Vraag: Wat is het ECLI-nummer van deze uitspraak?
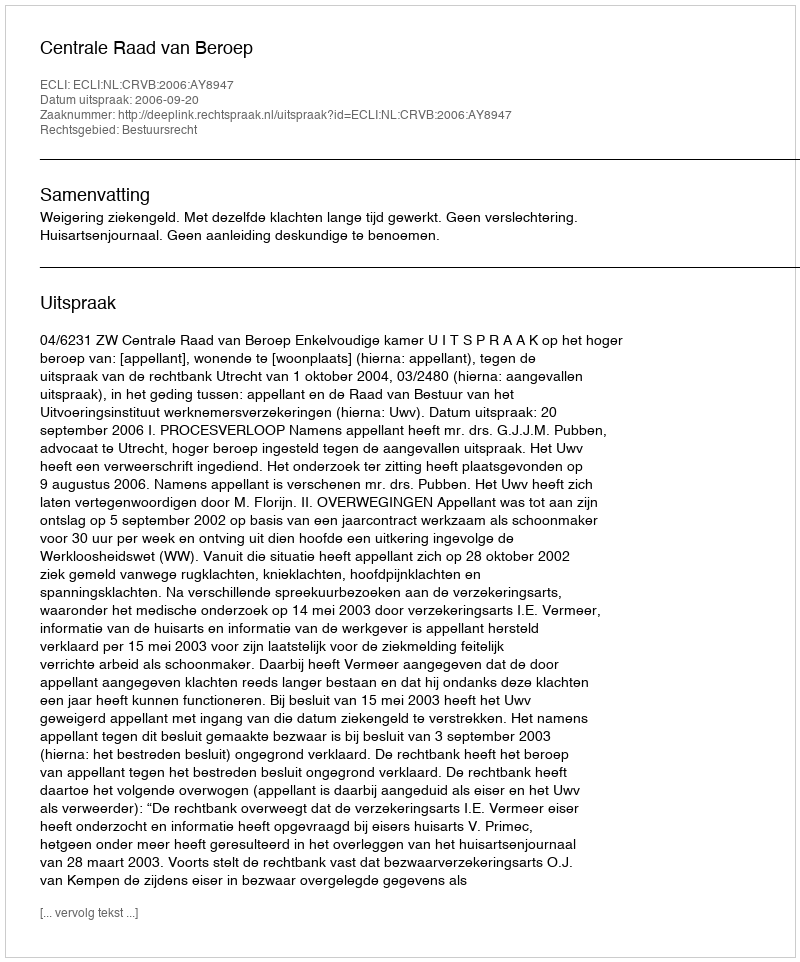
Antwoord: ECLI:NL:CRVB:2006:AY8947